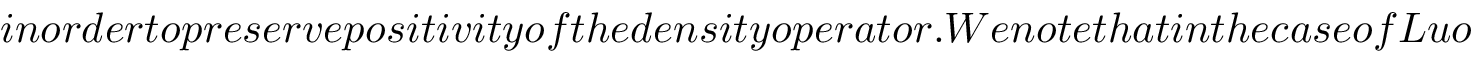
i n o r d e r t o p r e s e r v e p o s i t i v i t y o f t h e d e n s i t y o p e r a t o r . W e n o t e t h a t i n t h e c a s e o f L u o \& H o r e ^ { \prime } s p h e n o m e n o l o g i c a l t h e o r y , w e h a v e